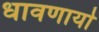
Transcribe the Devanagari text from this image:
धावणार्या